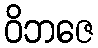
ဝိဘဇေ